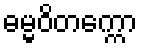
ဓမ္မဝိတက္ကော